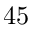
4 5